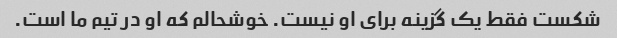
شکست فقط یک گزینه برای او نیست. خوشحالم که او در تیم ما است.